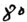
Text: 80